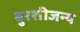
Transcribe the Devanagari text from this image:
बुरशीजन्य